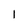
Character: 1